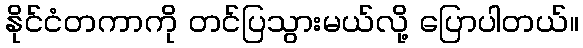
နိုင်ငံတကာကို တင်ပြသွားမယ်လို့ ပြောပါတယ်။